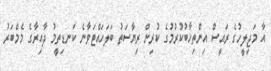
އާ މަޖިލީހުގެ ރައީސް އިންތިޚާބުކުރުމުގެ ކުރިން ރިޔާސަތު ބަލަހައްޓަަވާނެ ކަނޑިތީމު ދާއިރާގެ މެމްބަރު